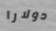
دولارا